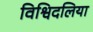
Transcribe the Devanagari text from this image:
विश्विदलिया